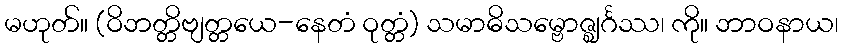
မဟုတ်။ (ဝိဘတ္တိဗျတ္တယေ-နေတံ ဝုတ္တံ) သမာဓိသမ္ဗောဇ္ဈင်္ဂဿ၊ ကို။ ဘာဝနာယ၊